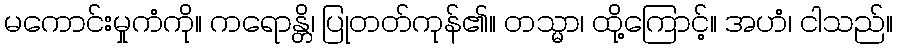
မကောင်းမှုကံကို။ ကရောန္တိ၊ ပြုတတ်ကုန်၏။ တသ္မာ၊ ထို့ကြောင့်။ အဟံ၊ ငါသည်။